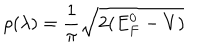
LaTeX: \rho ( \lambda ) = \frac { 1 } { \pi } \sqrt { 2 ( E _ { F } ^ { 0 } - V ) }